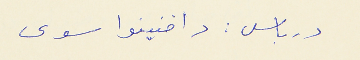
درباس : دافنينوا سوى